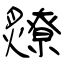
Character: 爒